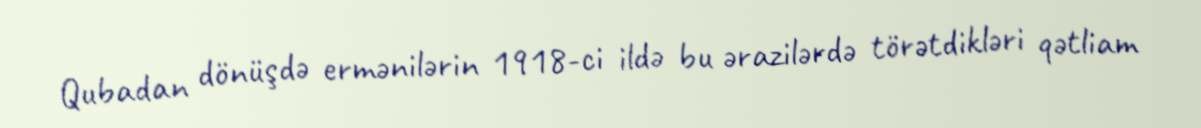
Qubadan dönüşdə ermənilərin 1918-ci ildə bu ərazilərdə törətdikləri qətliam